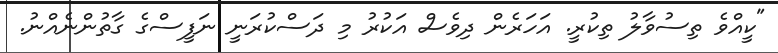
"ކީއްވެ ތިސުވާލު ތިކުރީ. އަހަރެން ދިވެސް އަކުރު މި ދަސްކުރަނީ ނަފީސްގެ ގާތުންނެއްނު.